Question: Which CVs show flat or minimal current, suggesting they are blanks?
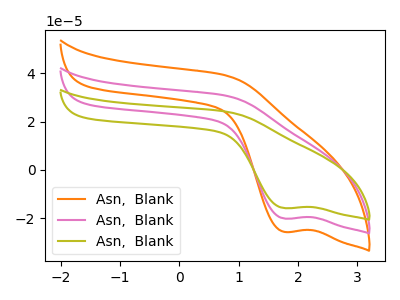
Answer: <think>The orange curve "Asn,  Blank1" has a cathodic peak at: (1.75V, -40.45uA). The pink curve "Asn,  Blank2" has a cathodic peak at: (1.75V, -20.20uA). The olive curve "Asn,  Blank3" has a cathodic peak at: (1.75V, -15.90uA).</think>
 <answer>There are not any CV's on this graph that are likely to be blanks.</answer>
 <eval>none</eval>